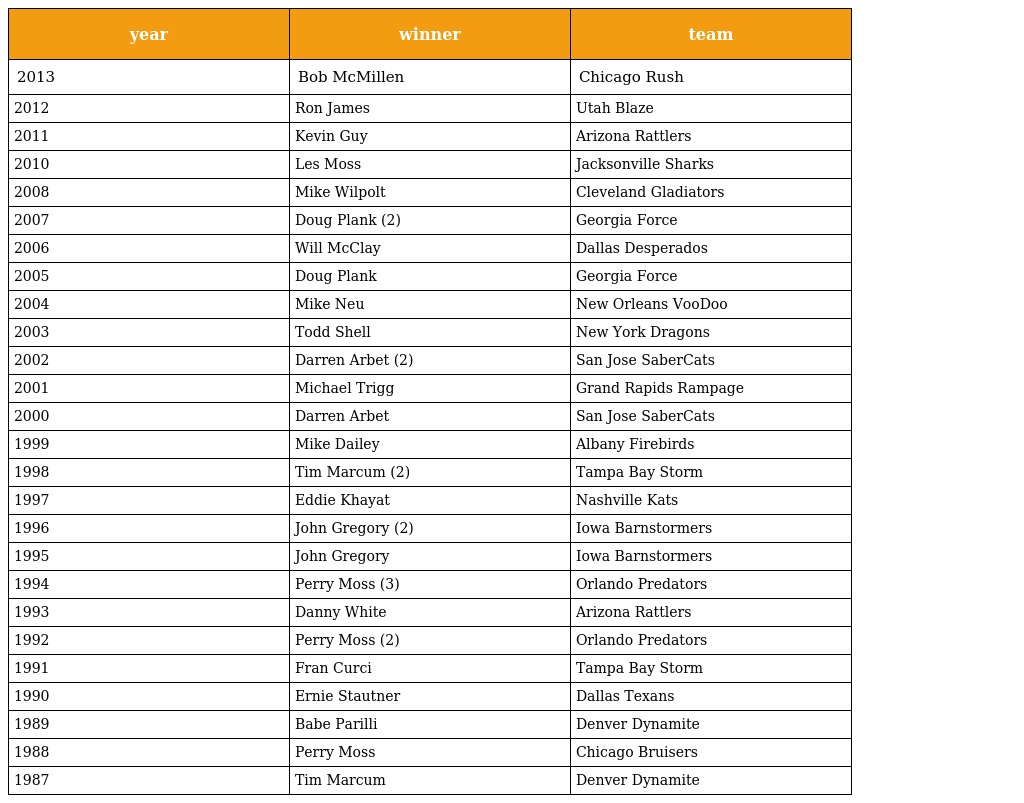
| year | winner | team |
 | --- | --- | --- |
 | 2013 | Bob McMillen | Chicago Rush |
 | 2012 | Ron James | Utah Blaze |
 | 2011 | Kevin Guy | Arizona Rattlers |
 | 2010 | Les Moss | Jacksonville Sharks |
 | 2008 | Mike Wilpolt | Cleveland Gladiators |
 | 2007 | Doug Plank (2) | Georgia Force |
 | 2006 | Will McClay | Dallas Desperados |
 | 2005 | Doug Plank | Georgia Force |
 | 2004 | Mike Neu | New Orleans VooDoo |
 | 2003 | Todd Shell | New York Dragons |
 | 2002 | Darren Arbet (2) | San Jose SaberCats |
 | 2001 | Michael Trigg | Grand Rapids Rampage |
 | 2000 | Darren Arbet | San Jose SaberCats |
 | 1999 | Mike Dailey | Albany Firebirds |
 | 1998 | Tim Marcum (2) | Tampa Bay Storm |
 | 1997 | Eddie Khayat | Nashville Kats |
 | 1996 | John Gregory (2) | Iowa Barnstormers |
 | 1995 | John Gregory | Iowa Barnstormers |
 | 1994 | Perry Moss (3) | Orlando Predators |
 | 1993 | Danny White | Arizona Rattlers |
 | 1992 | Perry Moss (2) | Orlando Predators |
 | 1991 | Fran Curci | Tampa Bay Storm |
 | 1990 | Ernie Stautner | Dallas Texans |
 | 1989 | Babe Parilli | Denver Dynamite |
 | 1988 | Perry Moss | Chicago Bruisers |
 | 1987 | Tim Marcum | Denver Dynamite |